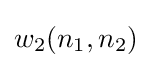
w_{2}(n_{1},n_{2})